Vaccination in Burma 1889-1999 - 1889-1999
Year: 1889
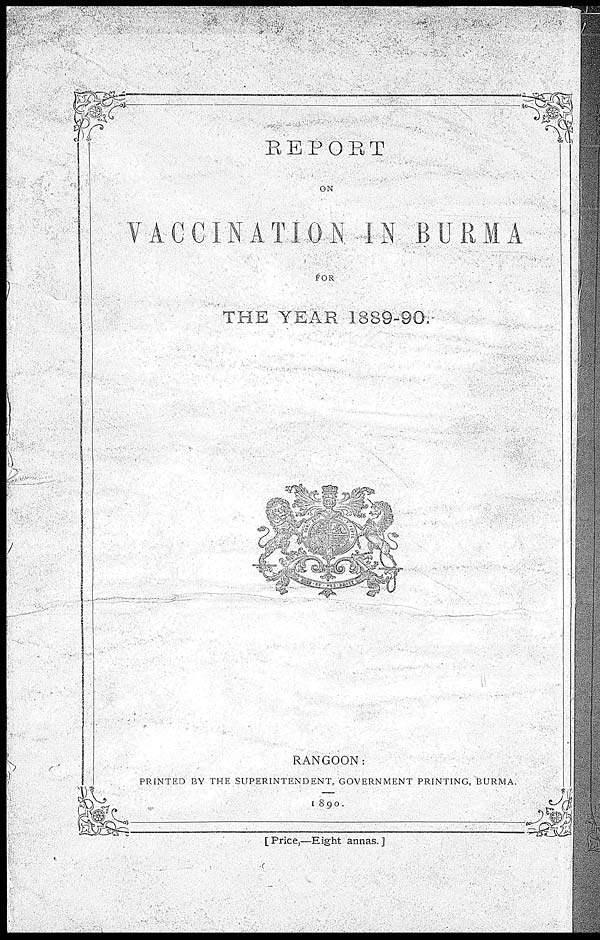
REPORT
ON
VACCINATION IN BURMA
FOR
THE YEAR 1889-90.
RANGOON:
PRINTED BY THE SUPERINTENDENT, GOVERNMENT PRINTING, BURMA.
1890.
[Price,—Eight annas.]